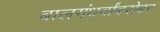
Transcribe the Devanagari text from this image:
बालगंधर्वांबरोबर